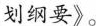
划纲要》。